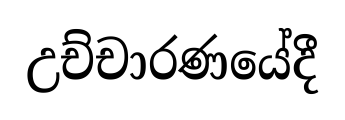
උච්චාරණයේදී